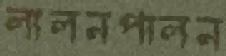
লালনপালন